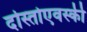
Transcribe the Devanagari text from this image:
दोस्तोएवस्की